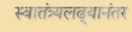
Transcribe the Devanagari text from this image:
स्वातंत्र्यलढ्यानंतर